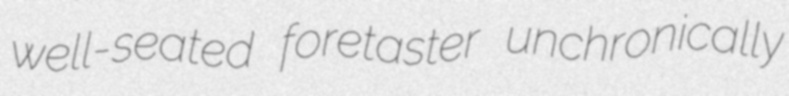
well-seated foretaster unchronically